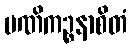
မဏိကဉ္စနာစိတံ